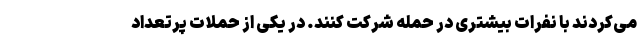
می‌کردند با نفرات بیشتری در حمله شرکت کنند. در یکی از حملات پرتعداد